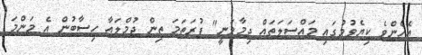
އެހެންވެ ކިޔެވުމުގައި މައްސަލަތައް ދިމާވަނީ" ފުރަތަމަ ތިން ޖުމްލައާ ހިސާބުން އެ މަންމަ